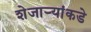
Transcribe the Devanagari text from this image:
शेजाऱ्यांकडे